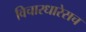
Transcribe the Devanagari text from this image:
विचारधारेसच